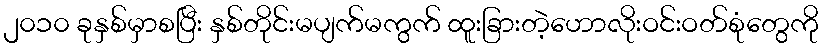
၂၀၁၀ ခုနှစ်မှာစပြီး နှစ်တိုင်းမပျက်မကွက် ထူးခြားတဲ့ဟောလိုးဝင်းဝတ်စုံတွေကို